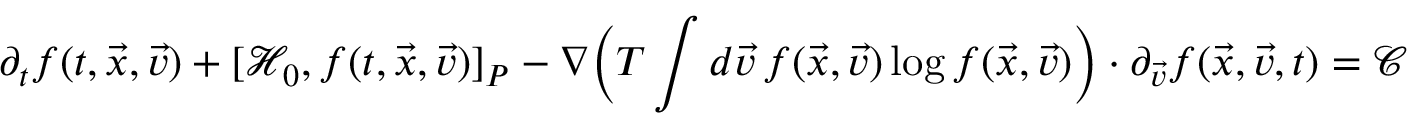
\partial _ { t } f ( t , \vec { x } , \vec { v } ) + [ \mathcal { H } _ { 0 } , f ( t , \vec { x } , \vec { v } ) ] _ { P } - \nabla \Big ( T \int d \vec { v } \, f ( \vec { x } , \vec { v } ) \log f ( \vec { x } , \vec { v } ) \Big ) \cdot \partial _ { \vec { v } } f ( \vec { x } , \vec { v } , t ) = \mathcal { C }